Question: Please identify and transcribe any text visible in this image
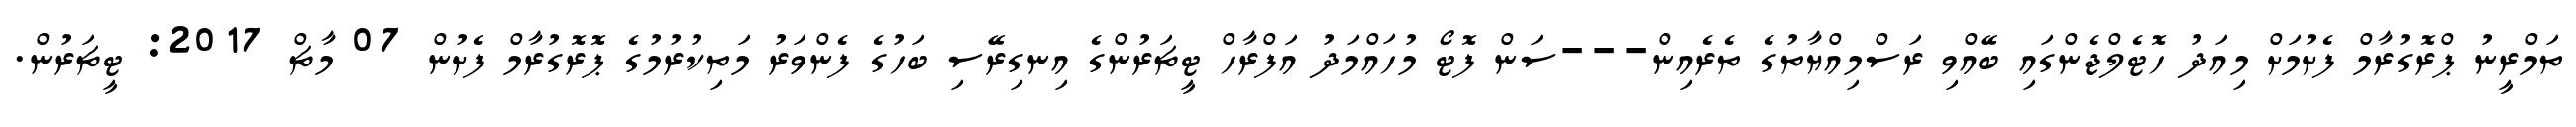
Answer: ތަމްރީނު ޕްރޮގުރާމް ފެށުމަށް މިއަދު ހޮޓެލްޖެންގައި ބޭއްވި ރަސްމިއްޔާތުގެ ތެރެއިން---ސަން ފޮޓޯ މުހައްމަދު އަފްރާހް ޓީޗަރުންގެ އިނގިރޭސި ބަހުގެ ފެންވަރު މަތިކުރުމުގެ ޕޮރޮގުރާމް ފެށުން 07 މާޗް 2017: ޓީޗަރުން.